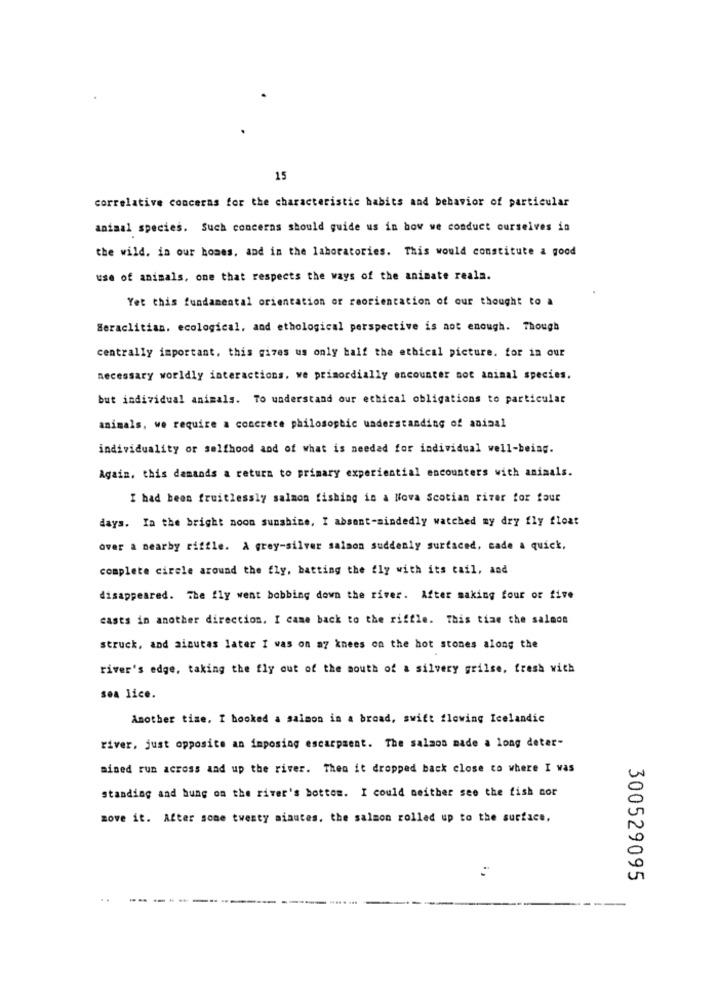
15
correlative conceras for the characteristic habits and behavior of particular
animal species. Such concerns should guide us in how we conduct ourselves in
the wild. in our homes, and in the laboratories. This would constitute a good
use of animals, one that respects the ways of the animate reala.
Yet this fundamental orientation or reorientation of our thought to a
Seraclitian, ecological, and ethological perspective is not enough. Though
centrally important, this gives us only half the ethical picture. for in our
necessary worldly interactions. we primordially encounter not animal species.
but individual animals. To understand our ethical obligations to particular
animals, we require a concrete philosophic understanding of animal
individuality or selfhood and of what is needed for individual well-being.
Again. this damands a return to primary experiential encounters with animals.
I had been fruitlessly salmon fishing in a Nova Scotian river for four
days. In the bright noon sunshine, I absent-mindedly watched my dry fly float
over a nearby riffle. A grey-silver salmon suddenly surfaced, cade a quick,
complete circle around the fly, batting the fly with its tail, and
disappeared. The fly went bobbing down the river. After making four or five
casts in another direction. I came back to the riffle. This time che salmon
struck, and ainutas later I was on a7 knees on the hot stones along the
river's edge, taking the fly out of the south of a silvery grilse, fresh with
sea lice.
Another time, I booked a salmon in a broad, swift flowing Icelandic
river, just opposite an imposing escarpsent. The salmos made a long deter-
mined run across and up the river. Then it dropped back close to where I vas
standing and bung on the river's bottom. I could neither see the fish cor
move it. After some twenty minutes. the salmon rolled up to the surface,
300529095